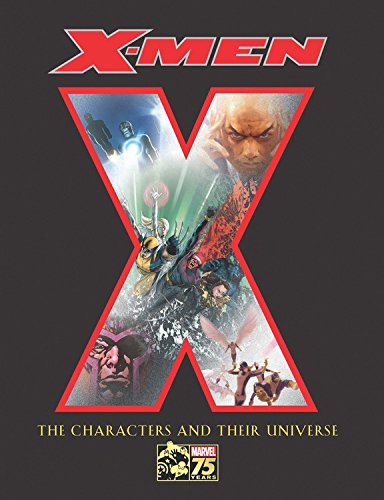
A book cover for X-Men: The Characters and Their Universe; Michael Mallory; Comics & Graphic Novels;